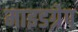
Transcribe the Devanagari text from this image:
माइडग्रेप